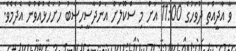
ވާ އާދީއްތަ ދުވަހުގެ 11:00 އަށް މި ސްކޫލަށް އަންދާސީހިސާބު ހުށަހެޅުއްވުން އެދެމެވެ.